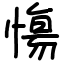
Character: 慯